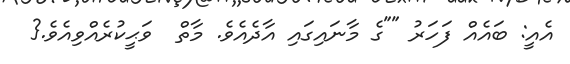
އެއީ: ބައެއް ފަހަރު ""ގެ މާނައިގައި އާދެއެވެ. މާތް  ވަޙީކުރެއްވިއެވެ.{